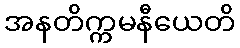
အနတိက္ကမနီယေတိ